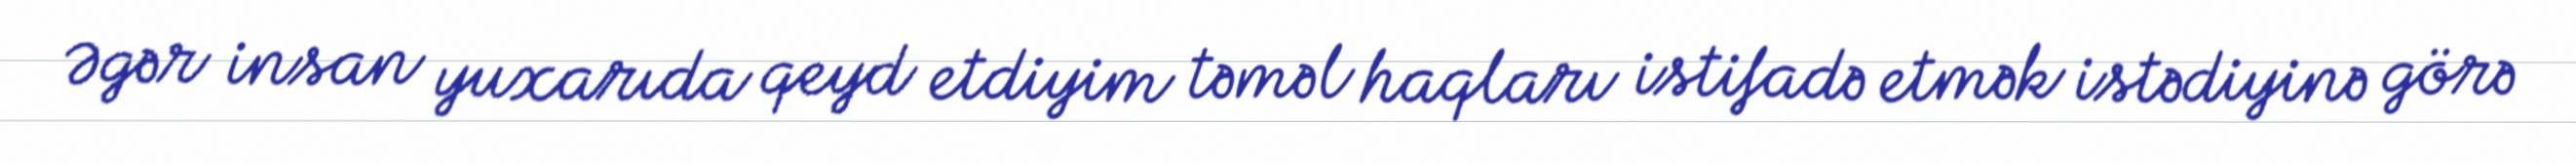
Əgər insan yuxarıda qeyd etdiyim təməl haqları istifadə etmək istədiyinə görə